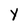
Character: Y